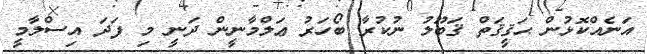
އަނެއްކޮޅުން ޙަޤީޤަތް ޤަބޫލު ނުކުރާ ބޯހަރު ޢަލްމާނީން ދަނީ މި ފަދަ އިސްލާމީ